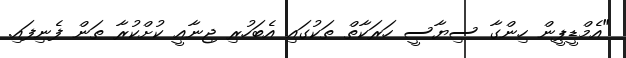
"އެމްޑީޕީން ހިންގާ ސިޔާސީ ހަރަކާތް ތަކުގައި އެބަހުރި ޖިނާއީ ކުށްކުރާ ތަން ފެނިފައި.